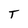
Character: T